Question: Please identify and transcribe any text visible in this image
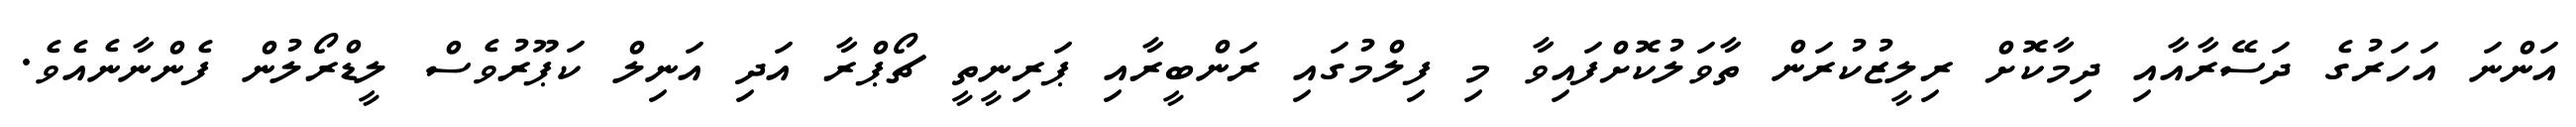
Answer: އަންނަ އަހަރުގެ ދަސޭރާއާއި ދިމާކޮށް ރިލީޒުކުރަން ތާވަލުކޮށްފައިވާ މި ފިލްމުގައި ރަންބީރާއި ޕަރިނީތީ ޗޯޕްރާ އަދި އަނިލް ކަޕޫރުވެސް ލީޑްރޯލުން ފެންނާނެއެވެ.